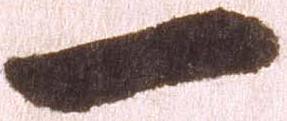
一